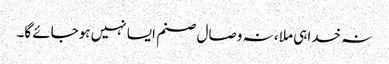
نہ خدا ہی ملا ، نہ وصال صنم ایسا نہیں ہوجائے گا۔